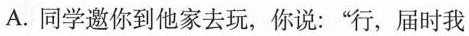
A. 同学邀你到他家去玩，你说：”行，届时我